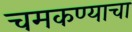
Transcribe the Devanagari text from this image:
चमकण्याचा